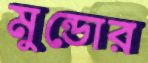
মুন্ডোর